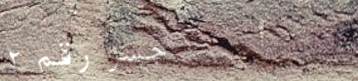
جسر رقم ٢